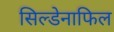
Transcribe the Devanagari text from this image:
सिल्डेनाफिल